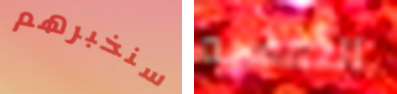
سنخبرهم النفسيه